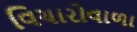
વિચારોવાળા